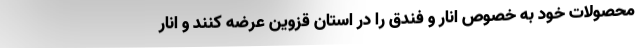
محصولات خود به خصوص انار و فندق را در استان قزوین عرضه کنند و انار